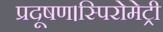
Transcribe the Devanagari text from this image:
प्रदूषण।स्पिरोमेट्री